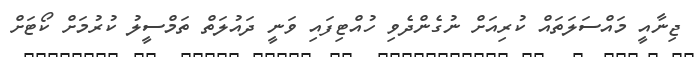
ޖިނާއީ މައްސަލަތައް ކުރިއަށް ނުގެންދެވި ހުއްޓިފައި ވަނީ ދައުލަތް ތަމްސީލު ކުރުމަށް ކޯޓަށް